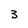
Character: 3